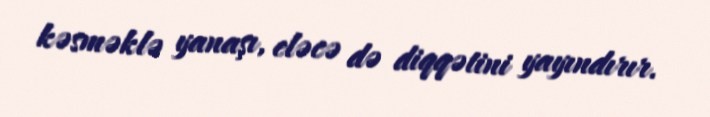
kəsməklə yanaşı, eləcə də diqqətini yayındırır.